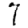
Digit: 7